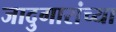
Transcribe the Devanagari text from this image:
जादुगारांच्या